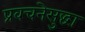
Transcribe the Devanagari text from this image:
प्रवचनेसुद्धा